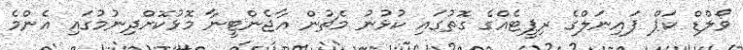
ވޯލްޑް ކަޕް ފައިނަލްގެ ރިޕީޓެއްގެ ގޮތުގައި ކުޅުނު މެޗުން އާޖެންޓީނާ މޮޅުކޮށްދިނުމުގައި އެންމެ